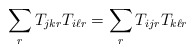
\begin{align*} \sum_{r}T_{jkr}T_{i\ell r} = \sum_{r}T_{ijr}T_{k\ell r}\end{align*}